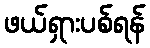
ဖယ်ရှားပစ်ရန်